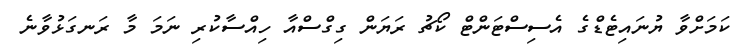
ކަމަށްވާ ޔުނައިޓެޑްގެ އެސިސްޓަންޓް ކޯޗު ރަޔަން ގިގްސްއާ ހިއްސާކުރި ނަމަ މާ ރަނގަޅުވާނެ